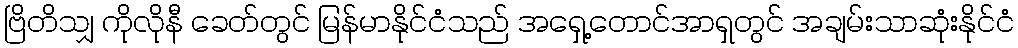
ဗြိတိသျှ ကိုလိုနီ ခေတ်တွင် မြန်မာနိုင်ငံသည် အရှေ့တောင်အာရှတွင် အချမ်းသာဆုံးနိုင်ငံ